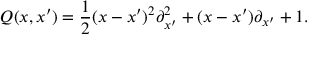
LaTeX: Q ( x , x ^ { \prime } ) = \frac { 1 } { 2 } ( x - x ^ { \prime } ) ^ { 2 } { \partial } _ { x ^ { \prime } } ^ { 2 } + ( x - x ^ { \prime } ) { \partial } _ { x ^ { \prime } } + 1 .